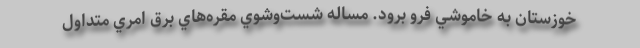
خوزستان به خاموشي فرو برود. مساله شست‌وشوي مقره‌هاي برق امري متداول